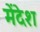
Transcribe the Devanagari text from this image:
मेंदेश